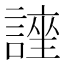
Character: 𮘯